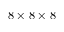
8 \times 8 \times 8